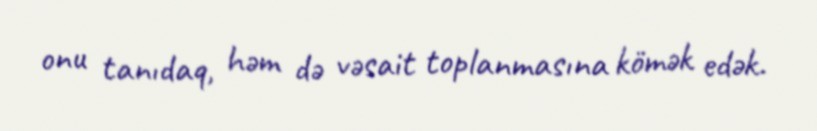
onu tanıdaq, həm də vəsait toplanmasına kömək edək.